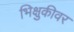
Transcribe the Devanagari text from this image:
भिक्षुकीवर